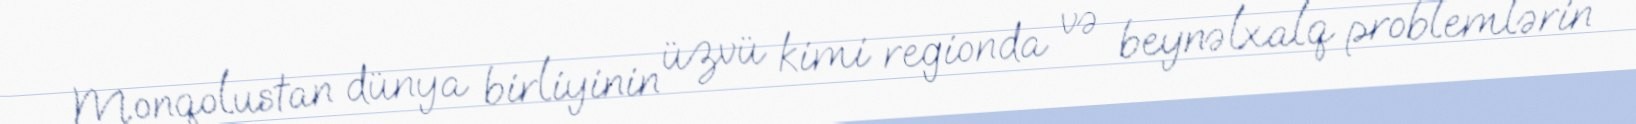
Monqolustan dünya birliyinin üzvü kimi regionda və beynəlxalq problemlərin